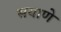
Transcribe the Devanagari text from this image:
सयाणे